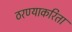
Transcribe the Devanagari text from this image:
ठरण्याकरिता